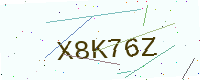
Text: X8K76Z